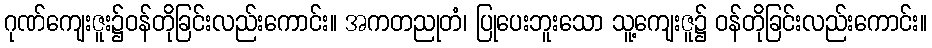
ဂုဏ်ကျေးဇူး၌ဝန်တိုခြင်းလည်းကောင်း။ အကတညုတံ၊ ပြုပေးဘူးသော သူ့ကျေးဇူ၌ ဝန်တိုခြင်းလည်းကောင်း။